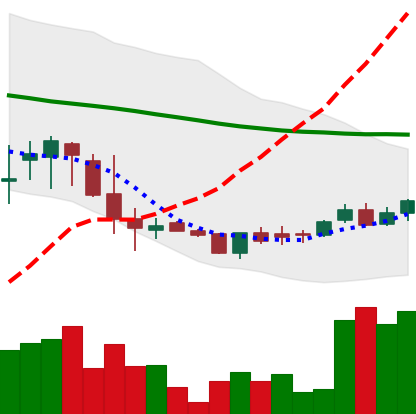
Ticker: DOGE-USD
Chart end date: 2018-06-06
Forward return: -14.603%
Label: down_7plus